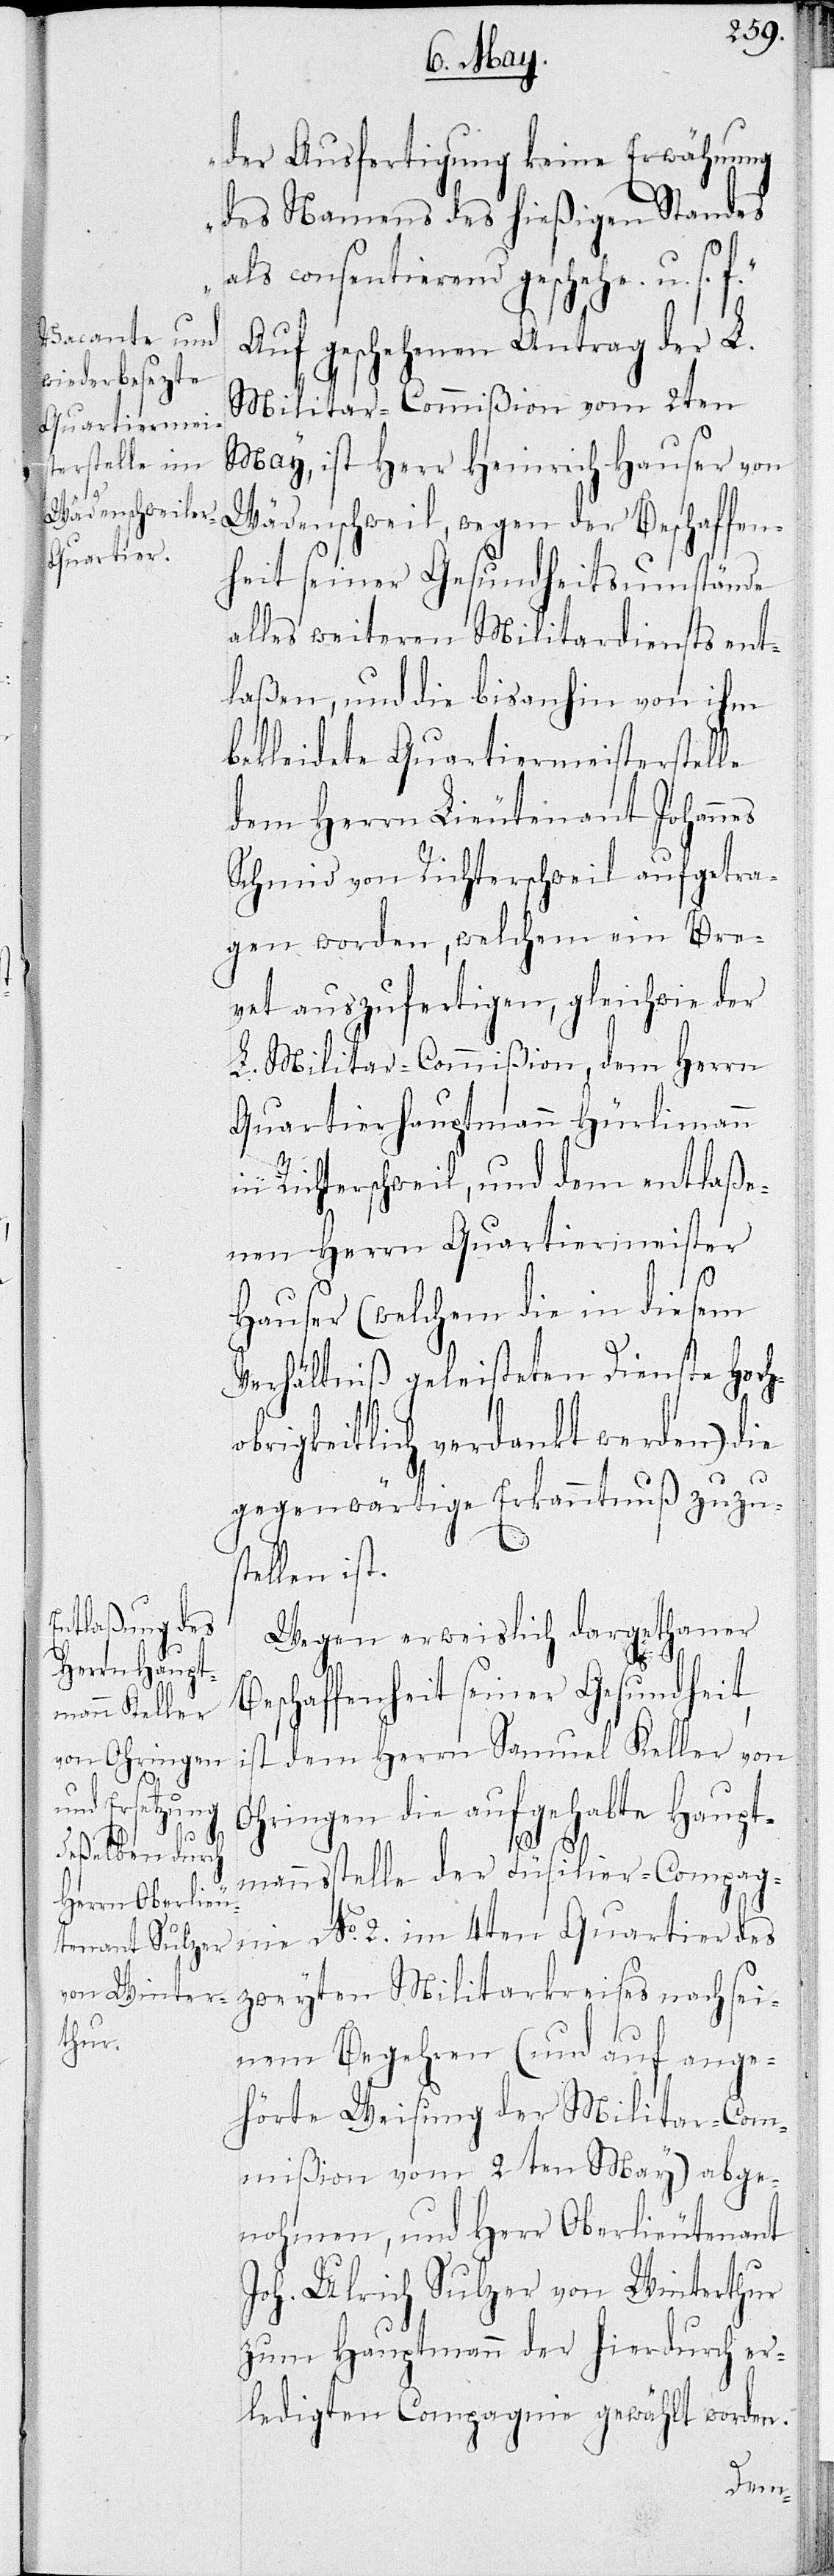
der Ausfertigung keine Erwähnung
des Namens des hießigen Standes
als consentierend geschehe. u.s.f.“
Auf geschehenen Antrag der L.
Militar-Commißion vom 2ten
May, ist Herr Heinrich Hauser von
alles weiteren Militardiensts ent¬
laßen, und die bis anhin von ihm
bekleidete Quartiermeisterstelle
dem Herrn Lieutenant Johannes
Schmid von Richterschweil aufgetra¬
gen worden, welchem ein Bre¬
vet auszufertigen, gleichwie der
L. Militar-Commißion, dem Herrn
Quartierhauptmann Hürlimann
in Richterschweil, und dem entlaße¬
nen Herrn Quartiermeister
Hauser (welchem die in diesem
Verhältniß geleisteten Dienste Hoch¬
brigkeitlich verdankt werden) die
gegenwärtige Erkanntnuß zuzus¬
tellen ist.
Wegen erweislich dargethaner
Beschaffenheit seiner Gesundheit,
ist dem Herrn Samuel Keller von
Ohringen die aufgehabte Haupt¬
ände
mannstelle der Füsilier-Compag¬
nie No. 2. im 4ten Quartier des
zweyten Militarkreises nach sei¬
nem Begehren (und auf ange¬
hörte Weisung der Militar-Com¬
mißion vom 2ten May) abge¬
nohmen, und Herr Oberlieutenant
Joh. Ulrich Sulzer von Winterthur
zum Hauptmann der hierdurch er¬
ledigten Compagnie gewählt worden.
o¬